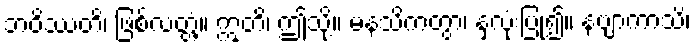
ဘဝိဿတိ၊ ဖြစ်လတ္တံ့။ ဣတိ၊ ဤသို့။ မနသိကတွာ၊ နှလုံးပြု၍။ နဗျာကာသိ၊